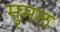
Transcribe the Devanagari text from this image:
मुमल